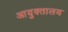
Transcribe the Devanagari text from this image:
आयुक्‍तालय